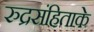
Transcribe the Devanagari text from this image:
रुद्रसंहिताके